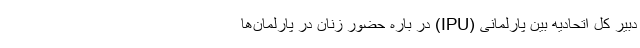
دبیر کل اتحادیه بین پارلمانی (IPU) در باره حضور زنان در پارلمان‌ها